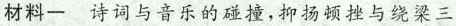
材料一 诗词与音乐的碰撞, 抑扬顿挫与绕梁三